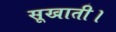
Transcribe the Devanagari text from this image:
सूखाती।